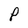
Character: P